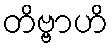
တိဗ္ဗာဟိ